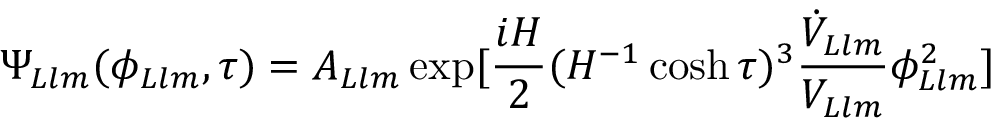
\Psi _ { L l m } ( \phi _ { L l m } , \tau ) = A _ { L l m } \exp [ \frac { i H } { 2 } ( H ^ { - 1 } \cosh \tau ) ^ { 3 } \frac { \dot { V } _ { L l m } } { V _ { L l m } } \phi _ { L l m } ^ { 2 } ]